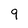
Character: 9